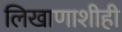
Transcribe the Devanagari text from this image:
लिखाणाशीही